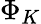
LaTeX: \Phi_{K}